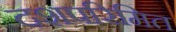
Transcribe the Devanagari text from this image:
दशपरिमित